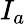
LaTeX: I_{a}